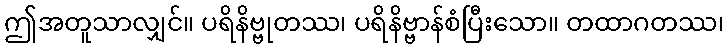
ဤအတူသာလျှင်။ ပရိနိဗ္ဗုတဿ၊ ပရိနိဗ္ဗာန်စံပြီးသော။ တထာဂတဿ၊